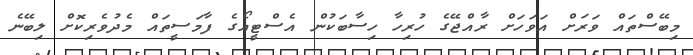
މިބޭސްތައް ވަރަށް އަވަހަށް ރާއްޖޭގެ ހުރިހާ ހިސާބަކުން އެސްޓީއޯގެ ފާމަސީތައް މެދުވެރިކޮށް ލިބޭނެ